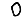
Digit: 0